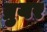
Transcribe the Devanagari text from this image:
ब्रुयर